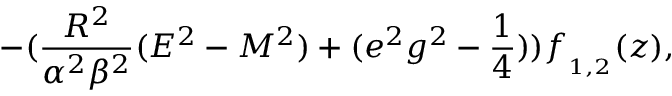
- ( \frac { R ^ { 2 } } { \alpha ^ { 2 } \beta ^ { 2 } } ( E ^ { 2 } - { \cal M } ^ { 2 } ) + ( e ^ { 2 } g ^ { 2 } - \frac { 1 } { 4 } ) ) f _ { _ { 1 , 2 } } ( z ) ,